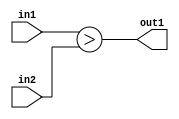
`timescale 1ps / 1ps
/*****************************************************************************
    Verilog RTL Description
    
    
    Created by: Stratus DpOpt 2019.1.01 
*******************************************************************************/

module DC_Filter_LessThan_12Ux9U_1U_1 (
	in2,
	in1,
	out1
	); /* architecture "behavioural" */ 
input [11:0] in2;
input [8:0] in1;
output  out1;
wire  asc001;

assign asc001 = (in1>in2);

assign out1 = asc001;
endmodule

/* CADENCE  ubDxSAE= : u9/ySgnWtBlWxVPRXgAZ4Og= ** DO NOT EDIT THIS LINE ******/